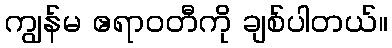
ကျွန်မ ဧရာဝတီကို ချစ်ပါတယ်။